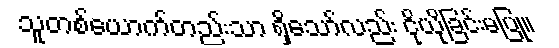
သူတစ်ယောက်တည်းသာ ရှိသော်လည်း ငိုယိုခြင်းမပြု။